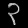
Digit: ၃